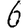
Digit: 6